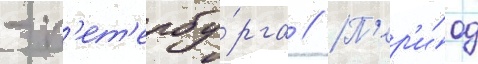
- п'ет'ербу́рга // П'ер'и́од